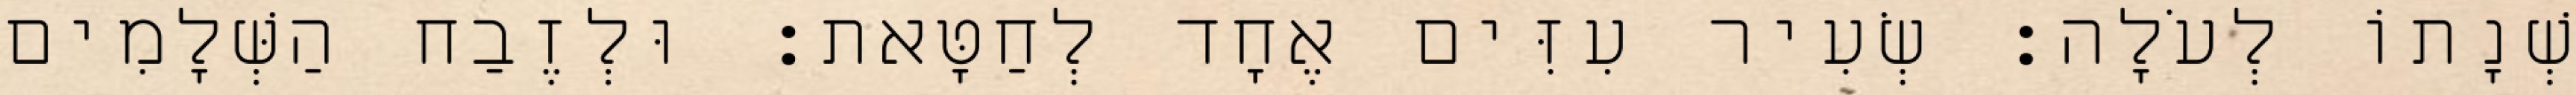
שְׁנָתוֹ לְעֹלָה׃ שְׂעִיר עִזִּים אֶחָד לְחַטָּאת׃ וּלְזֶבַח הַשְּׁלָמִים